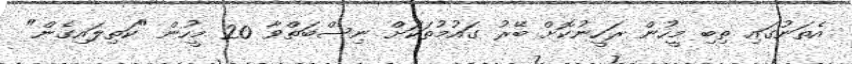
އެތަނުގައި ތިބި މީހުން ރަހީނުކޮށް ބޭރު ގައުމުތަކަށް ނިސްބަތްވާ 20 މީހުން "ކަތިލައިގެން"